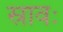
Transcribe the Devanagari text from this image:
स्रावः